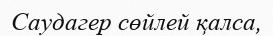
Саудагер сөйлей қалса,